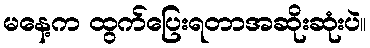
မနေ့က ထွက်ပြေးရတာအဆိုးဆုံးပဲ။